General report no. 6 on the lunatic asylums, vaccination and dispensaries in the Bengal Presidency, 1873 -
Year: 1873
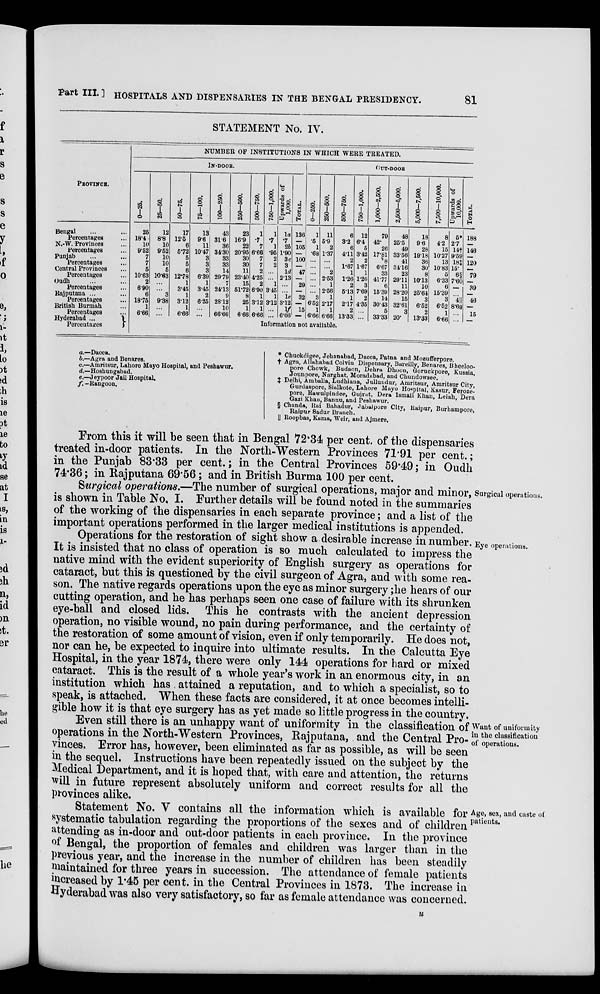
Part III. ] HOSPITALS AND DISPENSARIES IN THE BENGAL PRESIDENCY.
81
STATEMENT No. IV.
PROVINCE.
Bengal
Percentages
N.-W. Provinces
Percentages
Punjab
Percentages
Central Provinces
Percentages
Oudh
Percentages
Rajputana ...
Percentages
British Burmah
Percentages
Hyderabad ...
Percentages
NUMBER OP INSTITUTIONS IN WHICH WERE TREATED.
IN-DOOR.
0—25.
25
18.4
10
9.62
7
7
5
10.63
2
6.90
6
18.76
1
6.66
25—50.
12
8.8
10
9.62
10
10
5
10.63
...
...
3
9.38
...
...
50—75.
17
12.5
6
5.72
5
6
6
12.78
1
3.45
1
3.12
1
6.66
75—100.
13
9.6
11
10.47
3
3
3
6.39
1
3.45
2
6.25
...
...
100—250.
43
31.6
36
34.30
33
33
14
29.79
7
24.13
9
28.12
10
66.66
250—500.
23
16.9
22
20.95
30
30
11
23.40
15
51.72
8
25
1
6.66
500—750.
1
.7
7
6.66
7
7
2
4.25
2
6.90
1
3.12
1
6.66
750—1,000.
1
.7
1
.95
2
2
...
...
1
3.45
1
3.12
...
...
Upwards of
1,000.
la
.7
2b
1.90
3c
3
1d
2.13
...
...
1e
3.12
1f
6.66
TOTAL.
136
—
105
—
100
—
47
—
29
—
32
—
15
—
OUT-DOOR
0—250.
1
.5
1
.68
...
...
...
...
...
...
3
6.52
1
6.66
250—500.
11
6.9
2
1.37
...
...
2
2.53
1
2.56
1
2.17
1
6.66
500—750.
6
3.2
6
4.11
2
1.67
1
1.26
2
5.13
1
2.17
2
13.33
750-1,000.
12
6.4
5
3.42
2
1.67
1
1.26
3
7.69
2
4.35
...
...
1,000—2,500.
79
42.
26
17.81
.8
6.67
33
41.77
6
15.39
14
30.43
5
33.33
2,500—5,000.
48
25.5
49
33.56
41
34.16
23
29.11
11
28.20
15
32.61
3
20.
5,000-7,500.
18
9.6
28
19.18
36
30
8
10.13
10
25.64
3
6.52
2
13.33
7,500—10,000.
8
4.2
15
10.27
13
10.83
5
6.33
6
15.39
3
6.52
1
6.66
Upwards of
10,000.
5*
2.7
14†
9.59
18‡
15.
6§
7.60
—
...
4||
8.69
...
...
TOTAL.
188
—
146
—
120
—
79
—
39
—
46
—
15
—
Information not available.
a.—
b.—
c.—
d.—
e.—
f.—
Dacca.
Agra and Benares.
Amritsur, Lahore Mayo Hospital, and Peshawur.
Hoshungabad.
.Jeypoor Jail Hospital.
Rangoon.
*
†
‡
§
||
Chuckdigee, Jehanabad, Dacca, Patna and Mozufferpore
Agra, Allahabad Colvin Dispensary, Bareilly, Benares, Bheeloo-
pore Chowk, Budaon, Dehra Dhoon, Goruckpore, Kussia,
Jounpore, Narghat, Moradabad, and Chundowaee.
Delhi, Amballa, Ludhiana, Jullundur, Amritsur, Amritsur City,
Gurdaspore, Sialkote, Lahore Mayo Hospital, Kasur, Feroze¬
pore, Rawulpindee, Gujrat, Dera Ismail Khan, Leiah, Dera
Gazi Khan, Bannu, and Peshawur.
Chanda, Rai Bahadur, Jabalpore City, Raipur, Burhampore,
Raipur Sadur Branch.
Roopbas, Kama, Weir, and Ajmere.
From this it will be seen that in Bengal 72.34 per cent. of the dispensaries
treated in-door patients. In the North-Western Provinces 71.91 per cent.;
in the Punjab 83.33 per cent.; in the Central Provinces 59.49; in Oudh
74.36; in Rajputana 69.56; and in British Burma 100 per cent.
Surgical operations.
Surgical operations.—The number of surgical operations, major and minor,
is shown in Table No. I. Further details will be found noted in the summaries
of the working of the dispensaries in each separate province; and a list of the
important operations performed in the larger medical institutions is appended.
Eye operations.
Operations for the restoration of sight show a desirable increase in number.
It is insisted that no class of operation is so much calculated to impress the
native mind with the evident superiority of English surgery as operations for
cataract, but this is questioned by the civil surgeon of Agra, and with some rea-
son. The native regards operations upon the eye as minor surgery ;he hears of our
cutting operation, and he has perhaps seen one case of failure with its shrunken
eye-ball and closed lids. This he contrasts with the ancient depression
operation, no visible wound, no pain during performance, and the certainty of
the restoration of some amount of vision, even if only temporarily. He does not,
nor can he, be expected to inquire into ultimate results. In the Calcutta Eye
Hospital, in the year 1874, there were only 144 operations for hard or mixed
cataract. This is the result of a whole year's work in an enormous city, in an
institution which has attained a reputation, and to which a specialist, so to
speak, is attached. When these facts are considered, it at once becomes intelli-
gible how it is that eye surgery has as yet made so little progress in the country.
Want of uniformity
in the classification
of operations.
Even still there is an unhappy want of uniformity in the classification of
operations in the North-Western Provinces, Rajputana, and the Central Pro-
vinces. Error has, however, been eliminated as far as possible, as will be seen
in the sequel. Instructions have been repeatedly issued on the subject by the
Medical Department, and it is hoped that, with care and attention, the returns
will in future represent absolutely uniform and correct results for all the
provinces alike.
Age, sex, and caste of
patients.
Statement No. V contains all the information which is available for
systematic tabulation regarding the proportions of the sexes and of children
attending as in-door and out-door patients in each province. In the province
of Bengal, the proportion of females and children was larger than in the
previous year, and the increase in the number of children has been steadily
maintained for three years in succession. The attendance of female patients
increased by 1.45 per cent. in the Central Provinces in 1873. The increase in
Hyderabad was also very satisfactory, so far as female attendance was concerned.
u